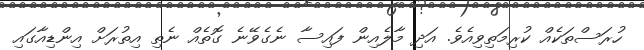
ހުރަސްތަކެއް ކުރިމަތިވިއެވެ. އަދި މާލެއިން ފައިސާ ނެގެވޭނެ ގޮތެއް ނެތި އިތުރަށް އިންޑިއާގައި